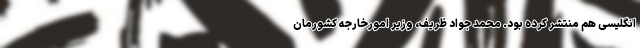
انگلیسی هم منتشر کرده بود. محمد جواد ظریف، وزیر امورخارجه کشورمان